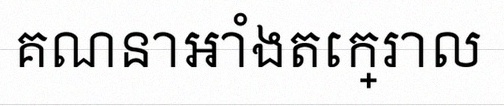
គណនាអាំងតេក្រាល